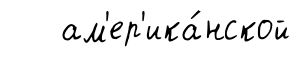
ам'ер'ика́нской